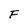
Character: F